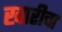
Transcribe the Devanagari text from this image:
खारीचा